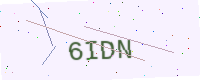
Text: 6IDN